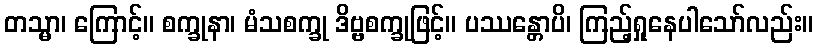
တသ္မာ၊ ကြောင့်။ စက္ခုနာ၊ မံသစက္ခု ဒိဗ္ဗစက္ခုဖြင့်။ ပဿန္တောပိ၊ ကြည့်ရှုနေပါသော်လည်း။